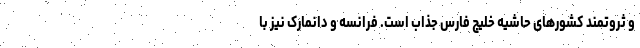
و ثروتمند کشورهای حاشیه خلیج فارس جذاب است. فرانسه و دانمارک نیز با